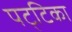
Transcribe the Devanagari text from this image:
पट्‌टिका